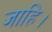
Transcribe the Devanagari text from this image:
जाहि।